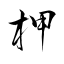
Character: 柙